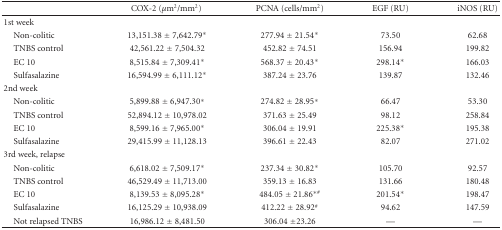
<table><thead><tr><td><b> </b></td><td><b>COX-2 (<i>μ</i>m<sup>2</sup>/mm<sup>2</sup>) </b></td><td><b>PCNA (cells/mm<sup>2</sup>)</b></td><td><b>EGF (RU)</b></td><td><b>iNOS (RU)</b></td></tr></thead><tbody><tr><td>1st week</td><td> </td><td> </td><td> </td><td> </td></tr><tr><td> Non-colitic</td><td>13,151.38 ± 7,642.79*</td><td>277.94 ± 21.54*</td><td>73.50</td><td>62.68</td></tr><tr><td> TNBS control</td><td>42,561.22 ± 7,504.32</td><td>452.82 ± 74.51</td><td>156.94</td><td>199.82</td></tr><tr><td> EC 10</td><td>8,515.84 ± 7,309.41*</td><td>568.37 ± 20.43*</td><td>298.14*</td><td>166.03</td></tr><tr><td> Sulfasalazine</td><td>16,594.99 ± 6,111.12*</td><td>387.24 ± 23.76</td><td>139.87</td><td>132.46</td></tr><tr><td>2nd week</td><td> </td><td> </td><td> </td><td> </td></tr><tr><td> Non-colitic</td><td>5,899.88 ± 6,947.30*</td><td>274.82 ± 28.95*</td><td>66.47</td><td>53.30</td></tr><tr><td> TNBS control</td><td>52,894.12 ± 10,978.02</td><td>371.63 ± 25.49</td><td>98.12</td><td>258.84</td></tr><tr><td> EC 10</td><td>8,599.16 ± 7,965.00*</td><td>306.04 ± 19.91</td><td>225.38*</td><td>195.38</td></tr><tr><td> Sulfasalazine</td><td>29,415.99 ± 11,128.13</td><td>396.61 ± 22.43</td><td>82.07</td><td>271.02</td></tr><tr><td>3rd week, relapse</td><td> </td><td> </td><td> </td><td> </td></tr><tr><td> Non-colitic</td><td>6,618.02 ± 7,509.17*</td><td>237.34 ± 30.82*</td><td>105.70</td><td>92.57</td></tr><tr><td> TNBS control</td><td>46,529.49 ± 11,713.00</td><td>359.13 ± 16.83</td><td>131.66</td><td>180.48</td></tr><tr><td> EC 10</td><td>8,139.53 ± 8,095.28*</td><td>484.05 ± 21.86<sup>∗#</sup></td><td>201.54*</td><td>198.47</td></tr><tr><td> Sulfasalazine</td><td>16,125.29 ± 10,938.09</td><td>412.22 ± 28.92<sup>#</sup></td><td>94.62</td><td>147.59</td></tr><tr><td> Not relapsed TNBS</td><td>16,986.12 ± 8,481.50</td><td>306.04 ±23.26</td><td>—</td><td>—</td></tr></tbody></table>